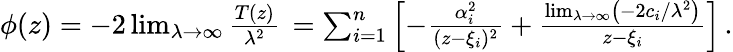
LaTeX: \begin{array}{r}{\phi(z)=-2\operatorname*{lim}_{\lambda\to\infty}{\frac{T(z)}{\lambda^{2}}}\, =\sum_{i=1}^{n}\left[-{\frac{\alpha_{i}^{2}}{(z-\xi_{i})^{2}}}+{\frac{\operatorname*{lim}_{\lambda\to\infty}\left(-2c_{i}/\lambda^{2}\right)}{z-\xi_{i}}}\right]\, .}\end{array}